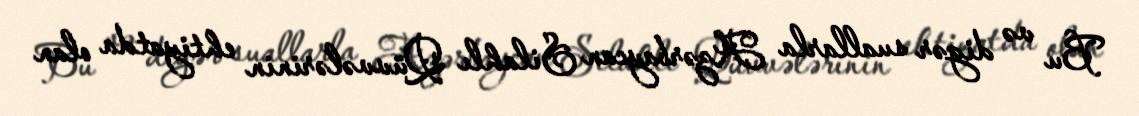
Bu və digər suallarla Azərbaycan Silahlı Qüvvələrinin ehtiyatda olan